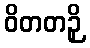
ဝိတတဉှိ